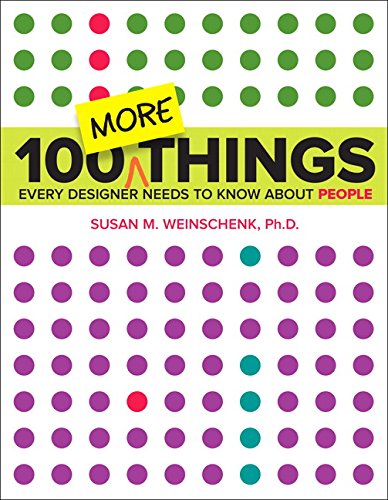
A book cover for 100 MORE Things Every Designer Needs to Know About People (Voices That Matter); Susan Weinschenk; Business & Money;